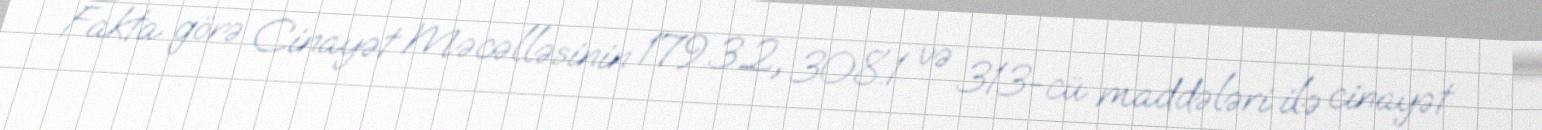
Fakta görə Cinayət Məcəlləsinin 179.3.2, 308.1 və 313-cü maddələri ilə cinayət